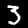
Digit: 3